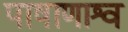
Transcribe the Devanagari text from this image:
पाषाणाश्व